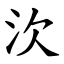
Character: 㳄